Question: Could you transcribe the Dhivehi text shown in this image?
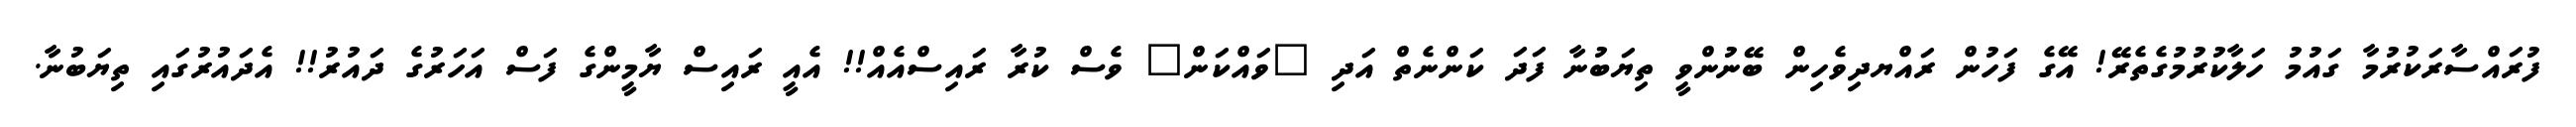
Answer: ފުރައްސާރަކުރުމާ ގައުމު ހަލާކުރުމުގެތެރޭ! އޭގެ ފަހުން ރައްޔދިވެހިން ބޭނުންވީ ތިޔަބުނާ ފަދަ ކަންނެތް އަދި "ވައްކަން" ވެސް ކުރާ ރައިސްއެއް!! އެއީ ރައިސް ޔާމީންގެ ފަސް އަހަރުގެ ދައުރު!! އެދައުރުގައި ތިޔަބުނާ.